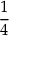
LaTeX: \frac { 1 } { 4 }